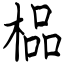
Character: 榀